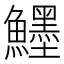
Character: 𱇅